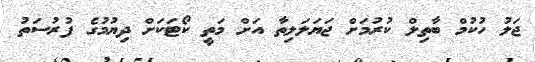
ޖަލު ހުކުމް ބާތިލް ކުރުމަށް ޖަޔަލަލިތާ އަށް މަތީ ކޯޓަކަށް ދިޔުމުގެ ފުރުސަތު